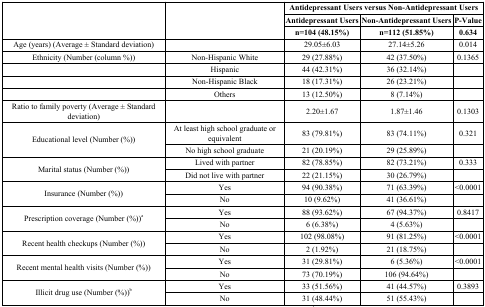
<table><thead><tr><td rowspan="3"></td><td rowspan="3"></td><td colspan="3"><b>Antidepressant Users versus Non-Antidepressant Users</b></td></tr><tr><td><b>Antidepressant Users</b></td><td><b>Non-Antidepressant Users</b></td><td><b>P-Value</b></td></tr><tr><td><b>n=104 (48.15%)</b></td><td><b>n=112 (51.85%)</b></td><td><b>0.634</b></td></tr></thead><tbody><tr><td>Age (years) (Average ± Standard deviation)</td><td></td><td>29.05±6.03</td><td>27.14±5.26</td><td>0.014</td></tr><tr><td>Ethnicity (Number (column %))</td><td>Non-Hispanic White</td><td>29 (27.88%)</td><td>42 (37.50%)</td><td>0.1365</td></tr><tr><td></td><td>Hispanic</td><td>44 (42.31%)</td><td>36 (32.14%)</td><td></td></tr><tr><td></td><td>Non-Hispanic Black</td><td>18 (17.31%)</td><td>26 (23.21%)</td><td></td></tr><tr><td></td><td>Others</td><td>13 (12.50%)</td><td>8 (7.14%)</td><td></td></tr><tr><td>Ratio to family poverty (Average ± Standard deviation)</td><td></td><td>2.20±1.67</td><td>1.87±1.46</td><td>0.1303</td></tr><tr><td rowspan="2">Educational level (Number (%))</td><td>At least high school graduate or equivalent</td><td>83 (79.81%)</td><td>83 (74.11%)</td><td>0.321</td></tr><tr><td>No high school graduate</td><td>21 (20.19%)</td><td>29 (25.89%)</td><td></td></tr><tr><td rowspan="2">Marital status (Number (%))</td><td>Lived with partner</td><td>82 (78.85%)</td><td>82 (73.21%)</td><td>0.333</td></tr><tr><td>Did not live with partner</td><td>22 (21.15%)</td><td>30 (26.79%)</td><td></td></tr><tr><td rowspan="2">Insurance (Number (%))</td><td>Yes</td><td>94 (90.38%)</td><td>71 (63.39%)</td><td>&lt;0.0001</td></tr><tr><td>No</td><td>10 (9.62%)</td><td>41 (36.61%)</td><td></td></tr><tr><td rowspan="2">Prescription coverage (Number (%))<sup>a</sup></td><td>Yes</td><td>88 (93.62%)</td><td>67 (94.37%)</td><td>0.8417</td></tr><tr><td>No</td><td>6 (6.38%)</td><td>4 (5.63%)</td><td></td></tr><tr><td rowspan="2">Recent health checkups (Number (%))</td><td>Yes</td><td>102 (98.08%)</td><td>91 (81.25%)</td><td>&lt;0.0001</td></tr><tr><td>No</td><td>2 (1.92%)</td><td>21 (18.75%)</td><td></td></tr><tr><td rowspan="2">Recent mental health visits (Number (%))</td><td>Yes</td><td>31 (29.81%)</td><td>6 (5.36%)</td><td>&lt;0.0001</td></tr><tr><td>No</td><td>73 (70.19%)</td><td>106 (94.64%)</td><td></td></tr><tr><td rowspan="2">Illicit drug use (Number (%))<sup>b</sup></td><td>Yes</td><td>33 (51.56%)</td><td>41 (44.57%)</td><td>0.3893</td></tr><tr><td>No</td><td>31 (48.44%)</td><td>51 (55.43%)</td><td></td></tr></tbody></table>